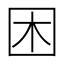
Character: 困